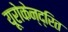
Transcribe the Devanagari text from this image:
यूरोकेन्द्रित